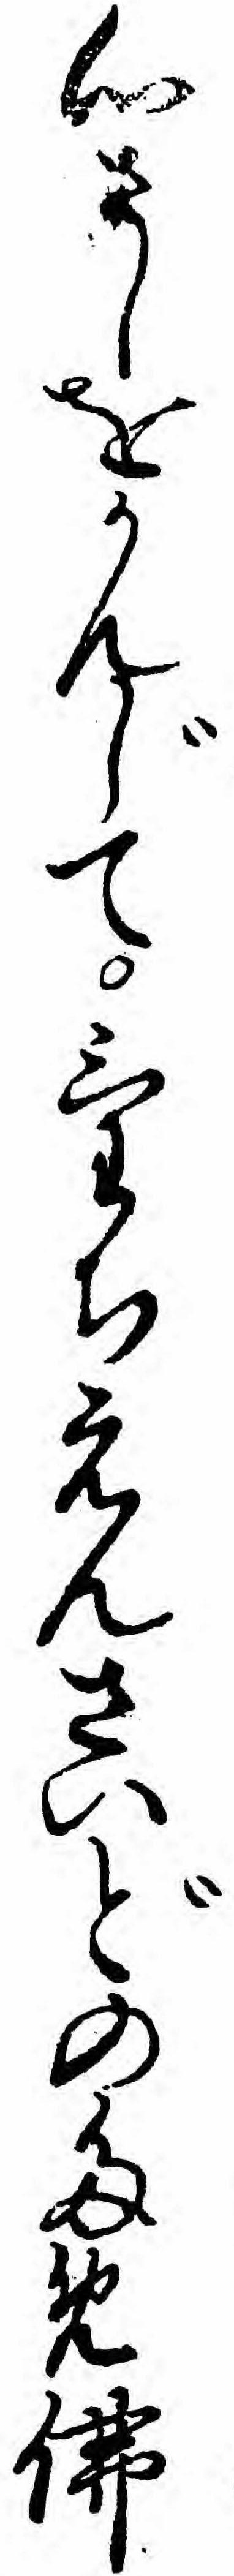
心さしをかんじてけちえんさいどのため仏